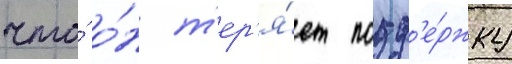
что́ о́н т'ер'я́ет подд'е́ржку